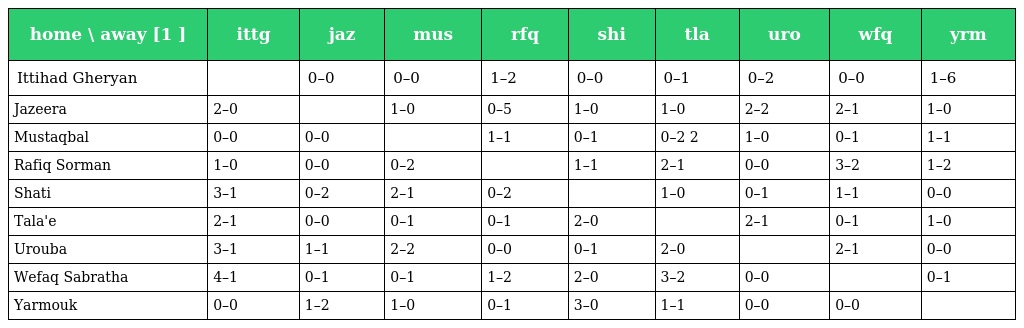
| home \ away [1 ] | ittg | jaz | mus | rfq | shi | tla | uro | wfq | yrm |
 | --- | --- | --- | --- | --- | --- | --- | --- | --- | --- |
 | Ittihad Gheryan |  | 0–0 | 0–0 | 1–2 | 0–0 | 0–1 | 0–2 | 0–0 | 1–6 |
 | Jazeera | 2–0 |  | 1–0 | 0–5 | 1–0 | 1–0 | 2–2 | 2–1 | 1–0 |
 | Mustaqbal | 0–0 | 0–0 |  | 1–1 | 0–1 | 0–2 2 | 1–0 | 0–1 | 1–1 |
 | Rafiq Sorman | 1–0 | 0–0 | 0–2 |  | 1–1 | 2–1 | 0–0 | 3–2 | 1–2 |
 | Shati | 3–1 | 0–2 | 2–1 | 0–2 |  | 1–0 | 0–1 | 1–1 | 0–0 |
 | Tala'e | 2–1 | 0–0 | 0–1 | 0–1 | 2–0 |  | 2–1 | 0–1 | 1–0 |
 | Urouba | 3–1 | 1–1 | 2–2 | 0–0 | 0–1 | 2–0 |  | 2–1 | 0–0 |
 | Wefaq Sabratha | 4–1 | 0–1 | 0–1 | 1–2 | 2–0 | 3–2 | 0–0 |  | 0–1 |
 | Yarmouk | 0–0 | 1–2 | 1–0 | 0–1 | 3–0 | 1–1 | 0–0 | 0–0 |  |